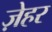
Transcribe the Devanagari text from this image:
ज़ेहर